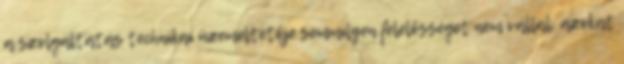
a szolgáltatás technikai üzemeltetője semmilyen felelősséget nem vállal, azokat